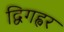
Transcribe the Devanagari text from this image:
द्विगह्वर